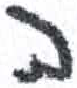
אות: ה